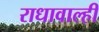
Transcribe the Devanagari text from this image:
राधावाल्ही